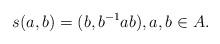
LaTeX: \begin{align*}s(a,b)=(b,b^{-1}ab),a,b\in A.\end{align*}